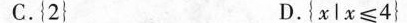
C.{2} D.{$$ x | x ≤ 4 }